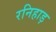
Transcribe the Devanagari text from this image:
रनिहाड़